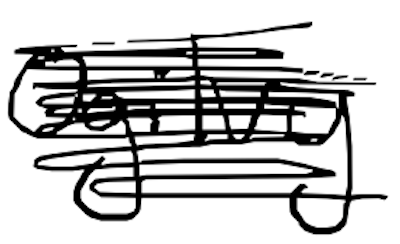
Text: Ogilvy
Cross-out: scratch
Writing tool: digital_black